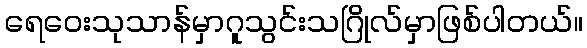
ရေဝေးသုသာန်မှာဂူသွင်းသဂြိုလ်မှာဖြစ်ပါတယ်။